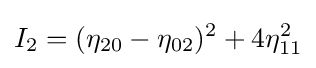
I_{2}=(\eta _{20}-\eta _{02})^{2}+4\eta _{11}^{2}